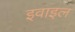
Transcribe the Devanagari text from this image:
इवाइल